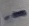
Text: +-